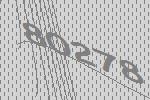
80278